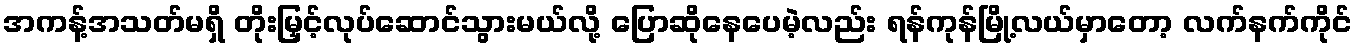
အကန့်အသတ်မရှိ တိုးမြှင့်လုပ်ဆောင်သွားမယ်လို့ ပြောဆိုနေပေမဲ့လည်း ရန်ကုန်မြို့လယ်မှာတော့ လက်နက်ကိုင်